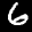
Label: 6